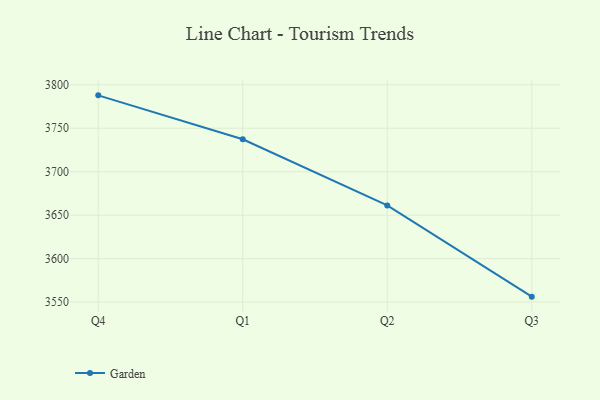
{"axis": {"x": "Quarter", "y": "Waste Production (Tons)"}, "legend": ["Garden"], "data": [{"x": "Q4", "y": 3787.9, "type": "Garden"}, {"x": "Q1", "y": 3737.4, "type": "Garden"}, {"x": "Q2", "y": 3661.2, "type": "Garden"}, {"x": "Q3", "y": 3556.2, "type": "Garden"}]}